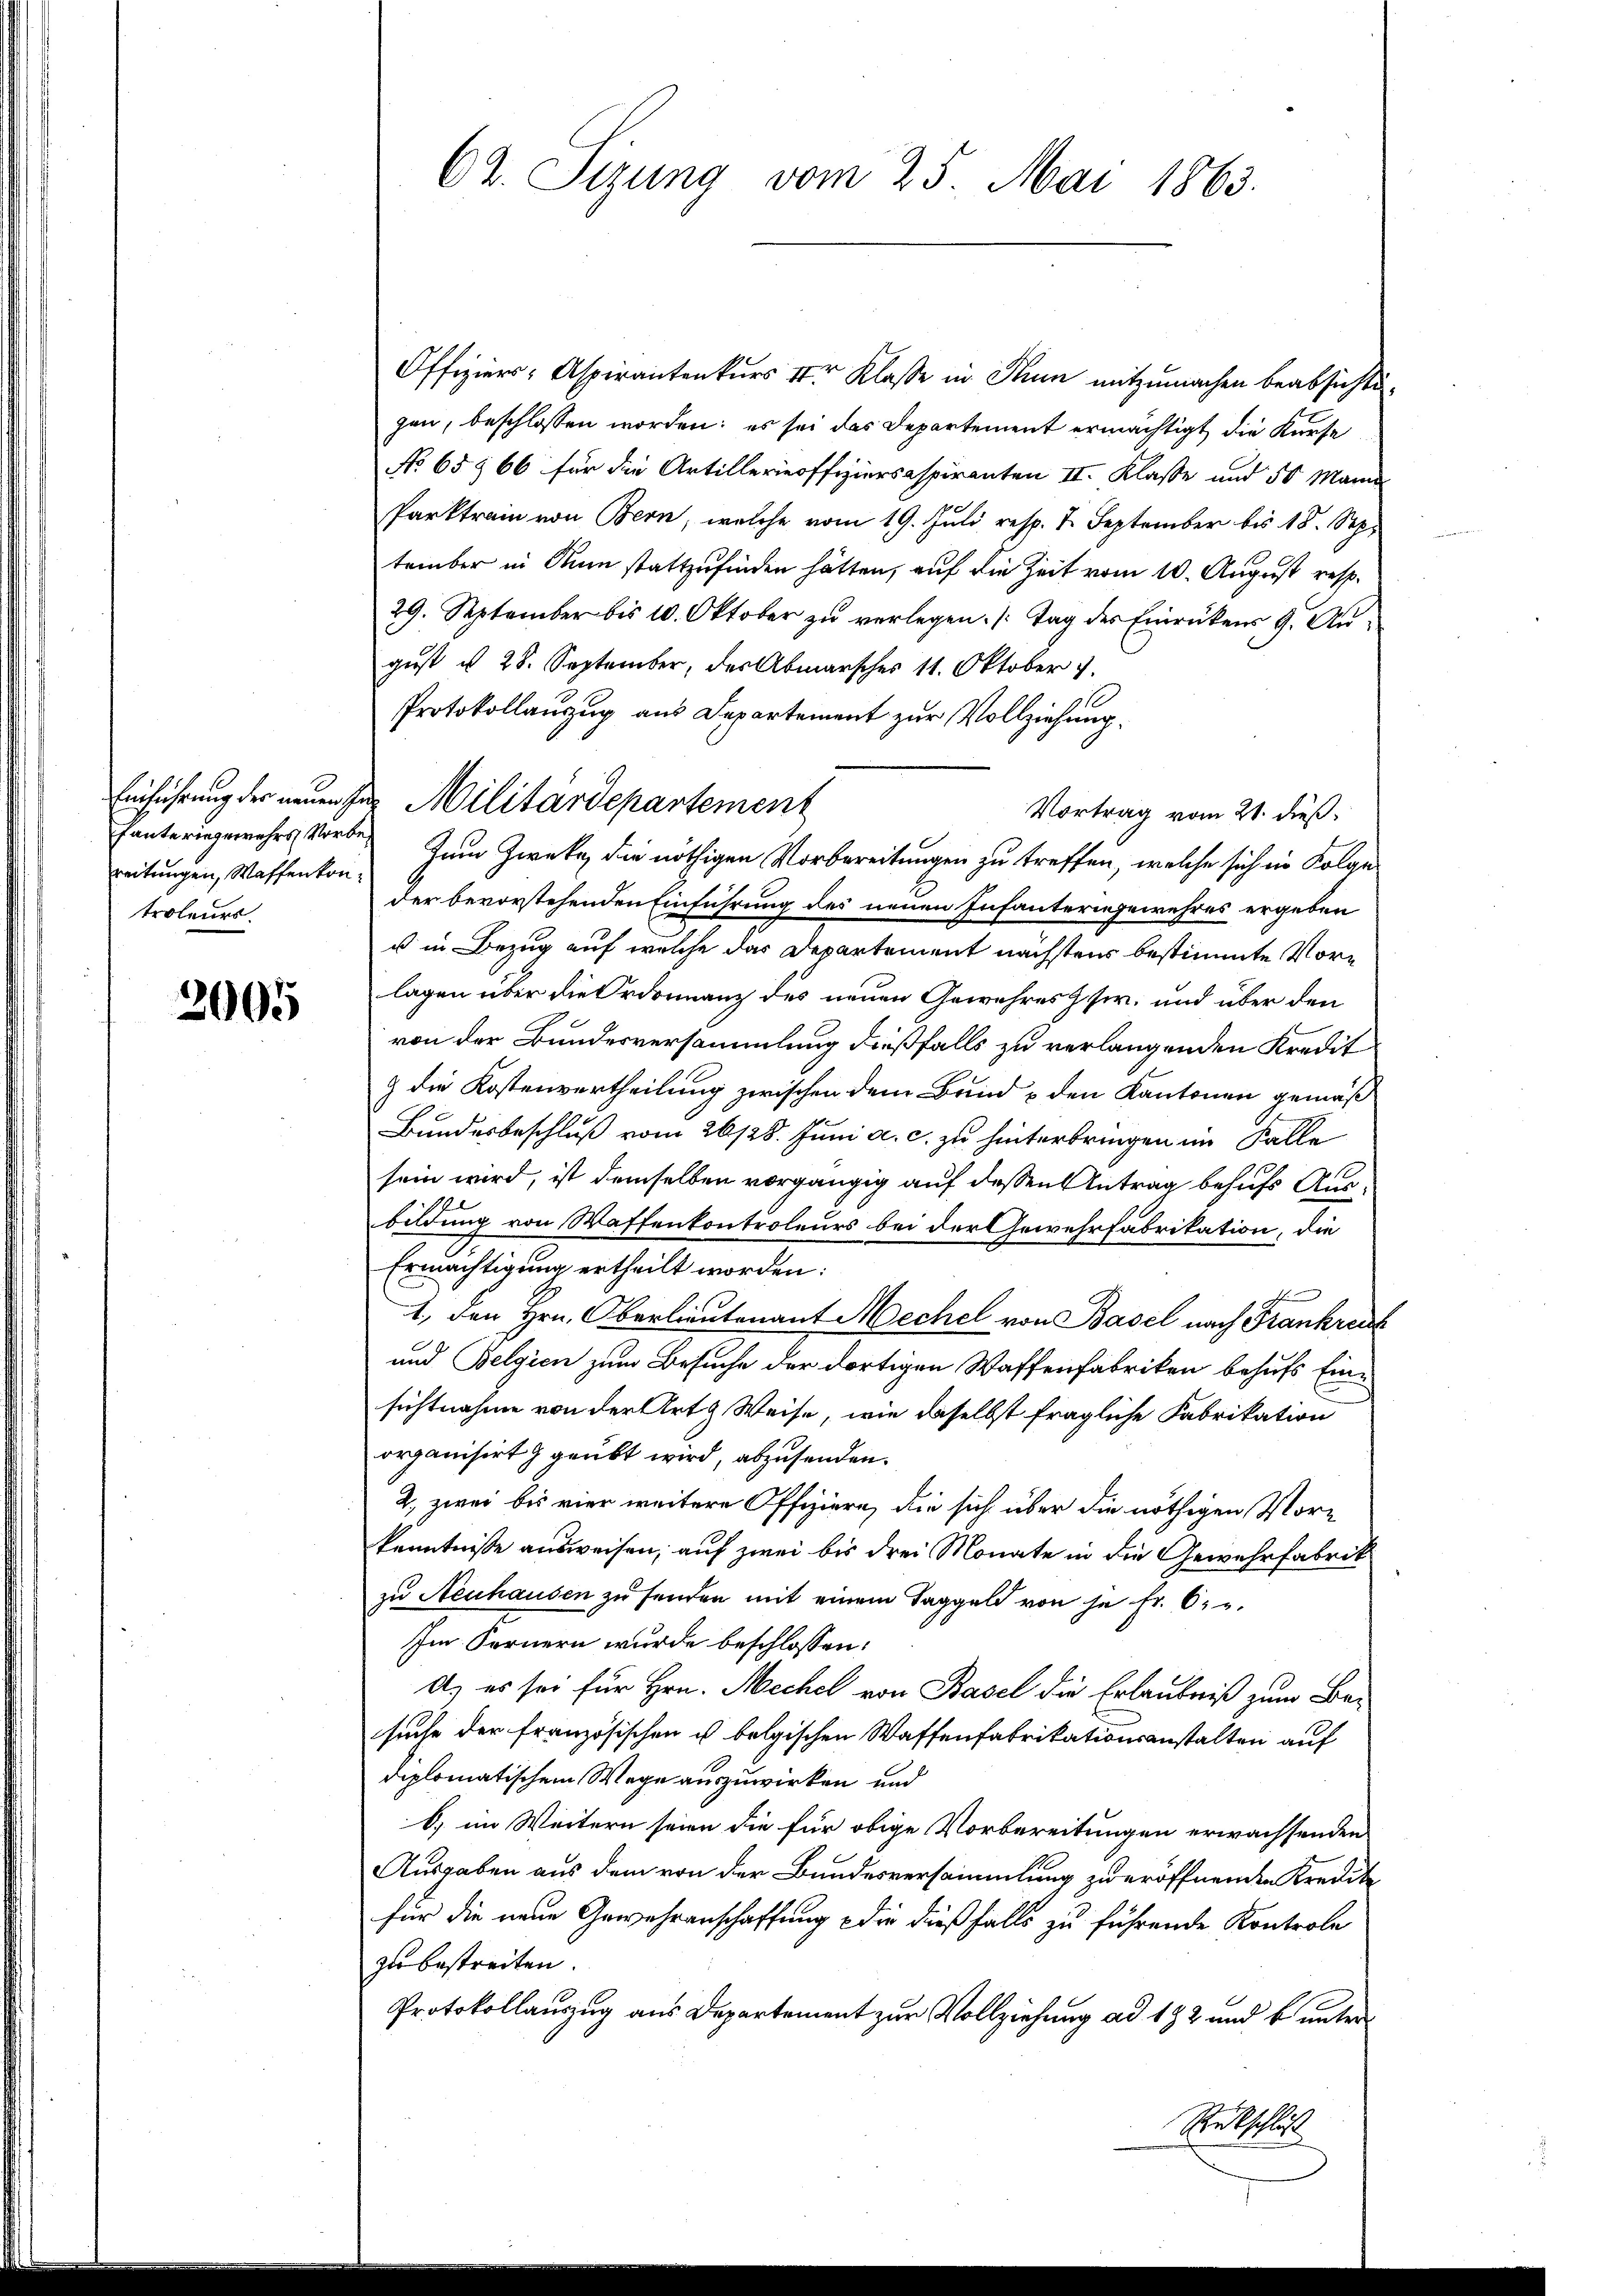
Einführung der neuen Ge
reitungen, Waffenkontroleurs.

3005

62. Sizung vom 25. Mai 1863.

Offiziers- Aspirantenkurs der Klasse in Thun mitzumachen beabsichtigen, beschlossen worden; es sei das Departement ermächtigt die Kurse
No 65966 für die Artillerieoffiziersaspiranten II. Klasse und 50 Mann
Parktrain von Bern, welche vom 19. Juli resp. 2. September bis 18. Sep.
tember in Ain stattzufinden hätten, auf die Zeit vom 10. August resp.
29. September bis 10. Oktober zŭ verlegen. (Tag des Einrückens 9. Aŭ-
gust § 28. September, der Abmarsches 11. Oktober v.
Protokollanzug aus Departement zur Vollziehung
Vortrag vom 21. dieß.
Hanteringemehrs vorbe. Zum Zwecke, die nöthigen Vorbereitungen zu treffen, welche sich in Folge
der bevorstehenden Einführung des neuen Infanteringewehres ergeben
u in Bezug auf welche das Departement nächstens bestimmte Vorlagen über die Ordonnanz des neuen Gewehres Jsw. und über den
von der Bundesversammlung dießfalls zu verlangenden Kredit
& die Kostenvertheilung zwischen dem Bund & den Kantonen gemäß
Bundesbeschluß vom 26/28. Juni a. c. zu hinterbringen im Falle
sein wird, ist demselben vorgängig auf dessen Antrag behufs Ausbildung von Waffenkontroleurs bei der Gewehrfabrikation, die
Ermächtigung ertheilt worden:
1, den Hrn. Oberlieutenant Mechel von Basel nach Frankreich
und Belgien zum Besuche der dortigen Waffenfabriken behufs Einsichtnahme von der Art & Weise, wie daselbst fragliche Fabrikation
organisirt 9 geübt wird, abzusenden.
2, zwei bis vier weitere Offiziere, die sich über die nöthigen Vorkenntnisse ausweisen, auf zwei bis drei Monate in die Gewehrfabrik
zu Neuhausen zu senden mit einem Taggeld von je Fr. 6.
Im Fernern wurde beschlossen:
A. er sei für Hrn. Mechel von Basel die Erlaubniß zum Besuche der französischen ist belgischen Waffenfabrikationsanstalten auf
diplomatischem Wege auszuwirken und
b) im Weitern seien die für obige Vorbereitungen erwachsenden
Ausgaben aus dem von der Bundesversammlung zu eröffnenden Kredite
für die neue Gewehrenschaffung die dießfalls zu führende Kontrole
zu bestreiten.
Protokollauszug aus Departement zur Vollziehung ad 192 und b unter¬
Rückschluß

de Militärdepartement